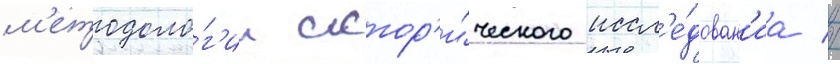
м'етодоло́г'ии истор'и́ческого иссл'е́дован'иа //